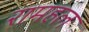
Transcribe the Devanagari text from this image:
रामहल